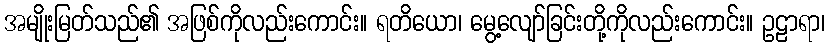
အမျိုးမြတ်သည်၏ အဖြစ်ကိုလည်းကောင်း။ ရတိယော၊ မွေ့လျော်ခြင်းတို့ကိုလည်းကောင်း။ ဥဠာရာ၊